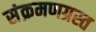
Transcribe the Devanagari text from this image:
संक्रमणग्रस्त